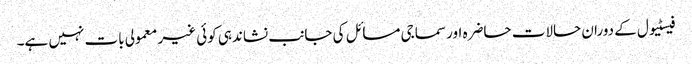
فیسٹیول کے دوران حالات حاضرہ اور سماجی مسائل کی جانب نشاندہی کوئی غیر معمولی بات نہیں ہے۔